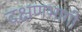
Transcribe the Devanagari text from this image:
दक्षणभागी